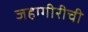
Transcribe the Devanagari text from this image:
जहागीरीची